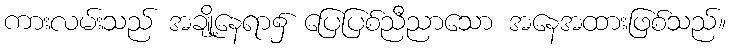
ကားလမ်းသည် အချို့နေရာ၌ ပြေပြစ်ညီညာသော အနေအထားဖြစ်သည်။